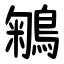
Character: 鵴